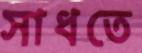
সাধতে